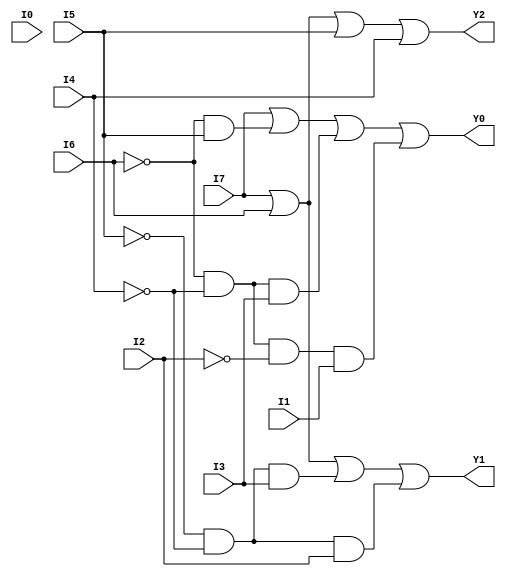
// This program was cloned from: https://github.com/matthewdelorenzo/CreativEval
// License: BSD 3-Clause "New" or "Revised" License

//Gate-level description of Encoder with priority
//See example 9-6
module top(Y0,Y1,Y2,I0,I1,I2,I3,I4,I5,I6,I7);
input I0,I1,I2,I3,I4,I5,I6,I7;
output Y0,Y1,Y2;
wire nI2,nI4,nI5,nI6;
wire and1,and2,and3,and4,and5;
not(nI2,I2);
not(nI4,I4);
not(nI5,I5);
not(nI6,I6);
and(and1,nI5,nI4,I3);
and(and2,nI5,nI4,I2);
and(and3,nI6,I5);
and(and4,nI6,nI4,I3);
and(and5,nI6,nI4,nI2,I1);
or(Y2,I7,I6,I5,I4);
or(Y1,I7,I6,and1,and2);
or(Y0,I7,and3,and4,and5);
endmodule